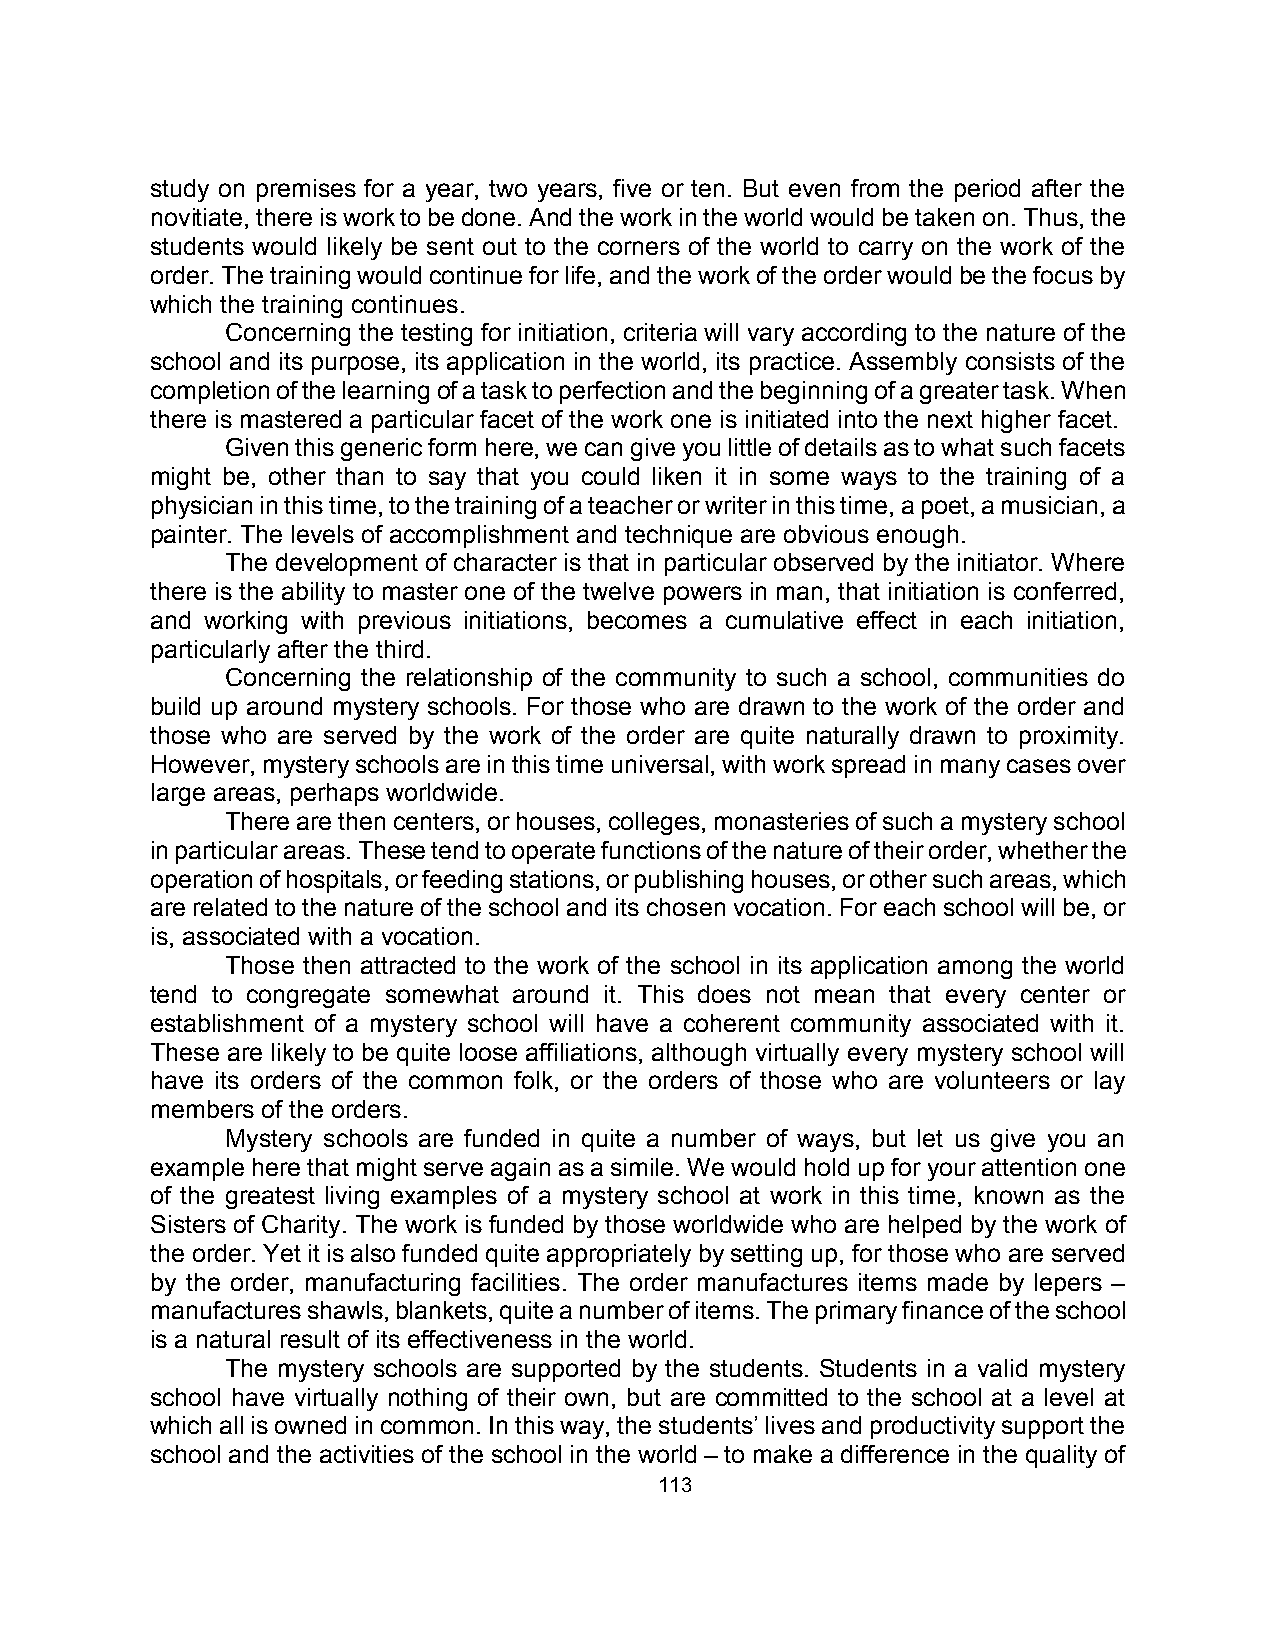
study on premises for a year, two years, five or ten. But even from the period after the
 novitiate, there is work to be done. And the work in the world would be taken on. Thus, the
 students would likely be sent out to the corners of the world to carry on the work of the
 order. The training would continue for life, and the work of the order would be the focus by
 which the training continues.
 Concerning the testing for initiation, criteria will vary according to the nature of the
 school and its purpose, its application in the world, its practice. Assembly consists of the
 completion of the learning of a task to perfection and the beginning of a greater task. When
 there is mastered a particular facet of the work one is initiated into the next higher facet.
 Given this generic form here, we can give you little of details as to what such facets
 might be, other than to say that you could liken it in some ways to the training of a
 physician in this time, to the training of a teacher or writer in this time, a poet, a musician, a
 painter. The levels of accomplishment and technique are obvious enough.
 The development of character is that in particular observed by the initiator. Where
 there is the ability to master one of the twelve powers in man, that initiation is conferred,
 and working with previous initiations, becomes a cumulative effect in each initiation,
 particularly after the third.
 Concerning the relationship of the community to such a school, communities do
 build up around mystery schools. For those who are drawn to the work of the order and
 those who are served by the work of the order are quite naturally drawn to proximity.
 However, mystery schools are in this time universal, with work spread in many cases over
 large areas, perhaps worldwide.
 There are then centers, or houses, colleges, monasteries of such a mystery school
 in particular areas. These tend to operate functions of the nature of their order, whether the
 operation of hospitals, or feeding stations, or publishing houses, or other such areas, which
 are related to the nature of the school and its chosen vocation. For each school will be, or
 is, associated with a vocation.
 Those then attracted to the work of the school in its application among the world
 tend to congregate somewhat around it. This does not mean that every center or
 establishment of a mystery school will have a coherent community associated with it.
 These are likely to be quite loose affiliations, although virtually every mystery school will
 have its orders of the common folk, or the orders of those who are volunteers or lay
 members of the orders.
 Mystery schools are funded in quite a number of ways, but let us give you an
 example here that might serve again as a simile. We would hold up for your attention one
 of the greatest living examples of a mystery school at work in this time, known as the
 Sisters of Charity. The work is funded by those worldwide who are helped by the work of
 the order. Yet it is also funded quite appropriately by setting up, for those who are served
 by the order, manufacturing facilities. The order manufactures items made by lepers –
 manufactures shawls, blankets, quite a number of items. The primary finance of the school
 is a natural result of its effectiveness in the world.
 The mystery schools are supported by the students. Students in a valid mystery
 school have virtually nothing of their own, but are committed to the school at a level at
 which all is owned in common. In this way, the students’ lives and productivity support the
 school and the activities of the school in the world – to make a difference in the quality of
 113